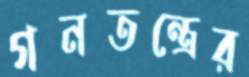
গনতন্ত্রের